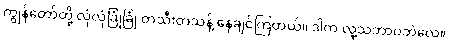
ကျွန်တော်တို့ လုံလုံခြုံခြုံ တသီးတသန့် နေချင်ကြတယ်။ ဒါက လူ့သဘာဝဘဲလေ။